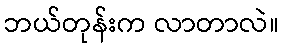
ဘယ်တုန်းက လာတာလဲ။